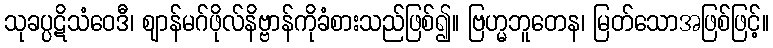
သုခပ္ပဋိသံဝေဒီ၊ ဈာန်မဂ်ဖိုလ်နိဗ္ဗာန်ကိုခံစားသည်ဖြစ်၍။ ဗြဟ္မဘူတေန၊ မြတ်သောအဖြစ်ဖြင့်။